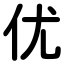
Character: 优